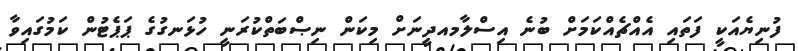
ފުނިޔެއަކީ ފަތައި އެއްޗެއްކަމަށް ބުނެ އިސްލާމއދީނަށް މިކަން ނިޞްބަތްކުރަނީ ހުޅަނގުގެ ޕަޕެޓުން ކަމުގައިވާ